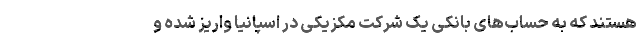
هستند که به حساب‌های بانکی یک شرکت مکزیکی در اسپانیا واریز شده و